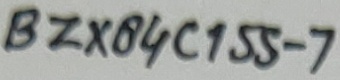
Text: BZX84C155-7